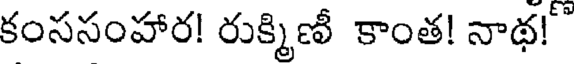
కంససంహార! రుక్మిణీ కాంత! నాథ!"